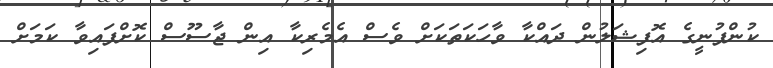
ކުންފުނީގެ އޮފިޝަލުން ދައްކާ ވާހަކަތަކަށް ވެސް އެމެރިކާ އިން ޖާސޫސް ކޮށްފައިވާ ކަމަށް